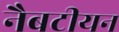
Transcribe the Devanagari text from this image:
नैबटीयन